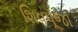
શિવપૂજા